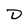
Character: D